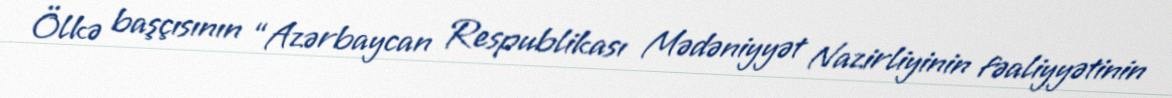
Ölkə başçısının “Azərbaycan Respublikası Mədəniyyət Nazirliyinin fəaliyyətinin